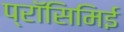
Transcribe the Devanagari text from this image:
प्रॉसिमिई